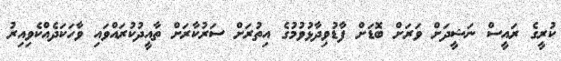
ކުރީގެ ރައީސް ނަޝީދަށް ވަރަށް ބޮޑަށް ފާޑުވިދާޅުވުމުގެ އިތުރަށް ސަރުކާރަށް ތާއީދުކުރައްވައި ވާހަކަދެއްކެވިއިރު